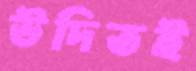
উদিতই